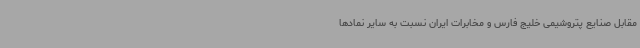
مقابل صنایع پتروشیمی خلیج فارس و مخابرات ایران نسبت به سایر نمادها